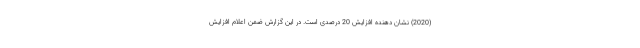
(2020) نشان دهنده افزایش 20 درصدی است. در این گزارش ضمن اعلام افزایش